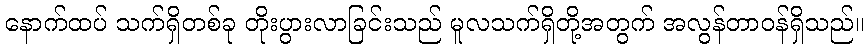
နောက်ထပ် သက်ရှိတစ်ခု တိုးပွားလာခြင်းသည် မူလသက်ရှိတို့အတွက် အလွန်တာဝန်ရှိသည်။